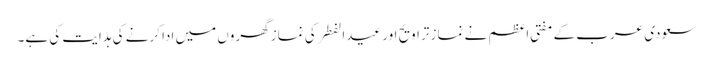
سعودی عرب کے مفتیِ اعظم نے نماز تراویح اور عیدالفطر کی نماز گھروں میں ادا کرنے کی ہدایت کی ہے۔